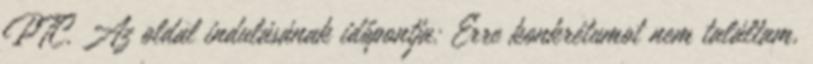
PTC. Az oldal indulásának időpontja: Erre konkrétumot nem találtam,